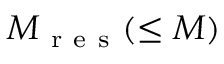
M _ { \mathrm { ~ r ~ e ~ s ~ } } ( \leq M )